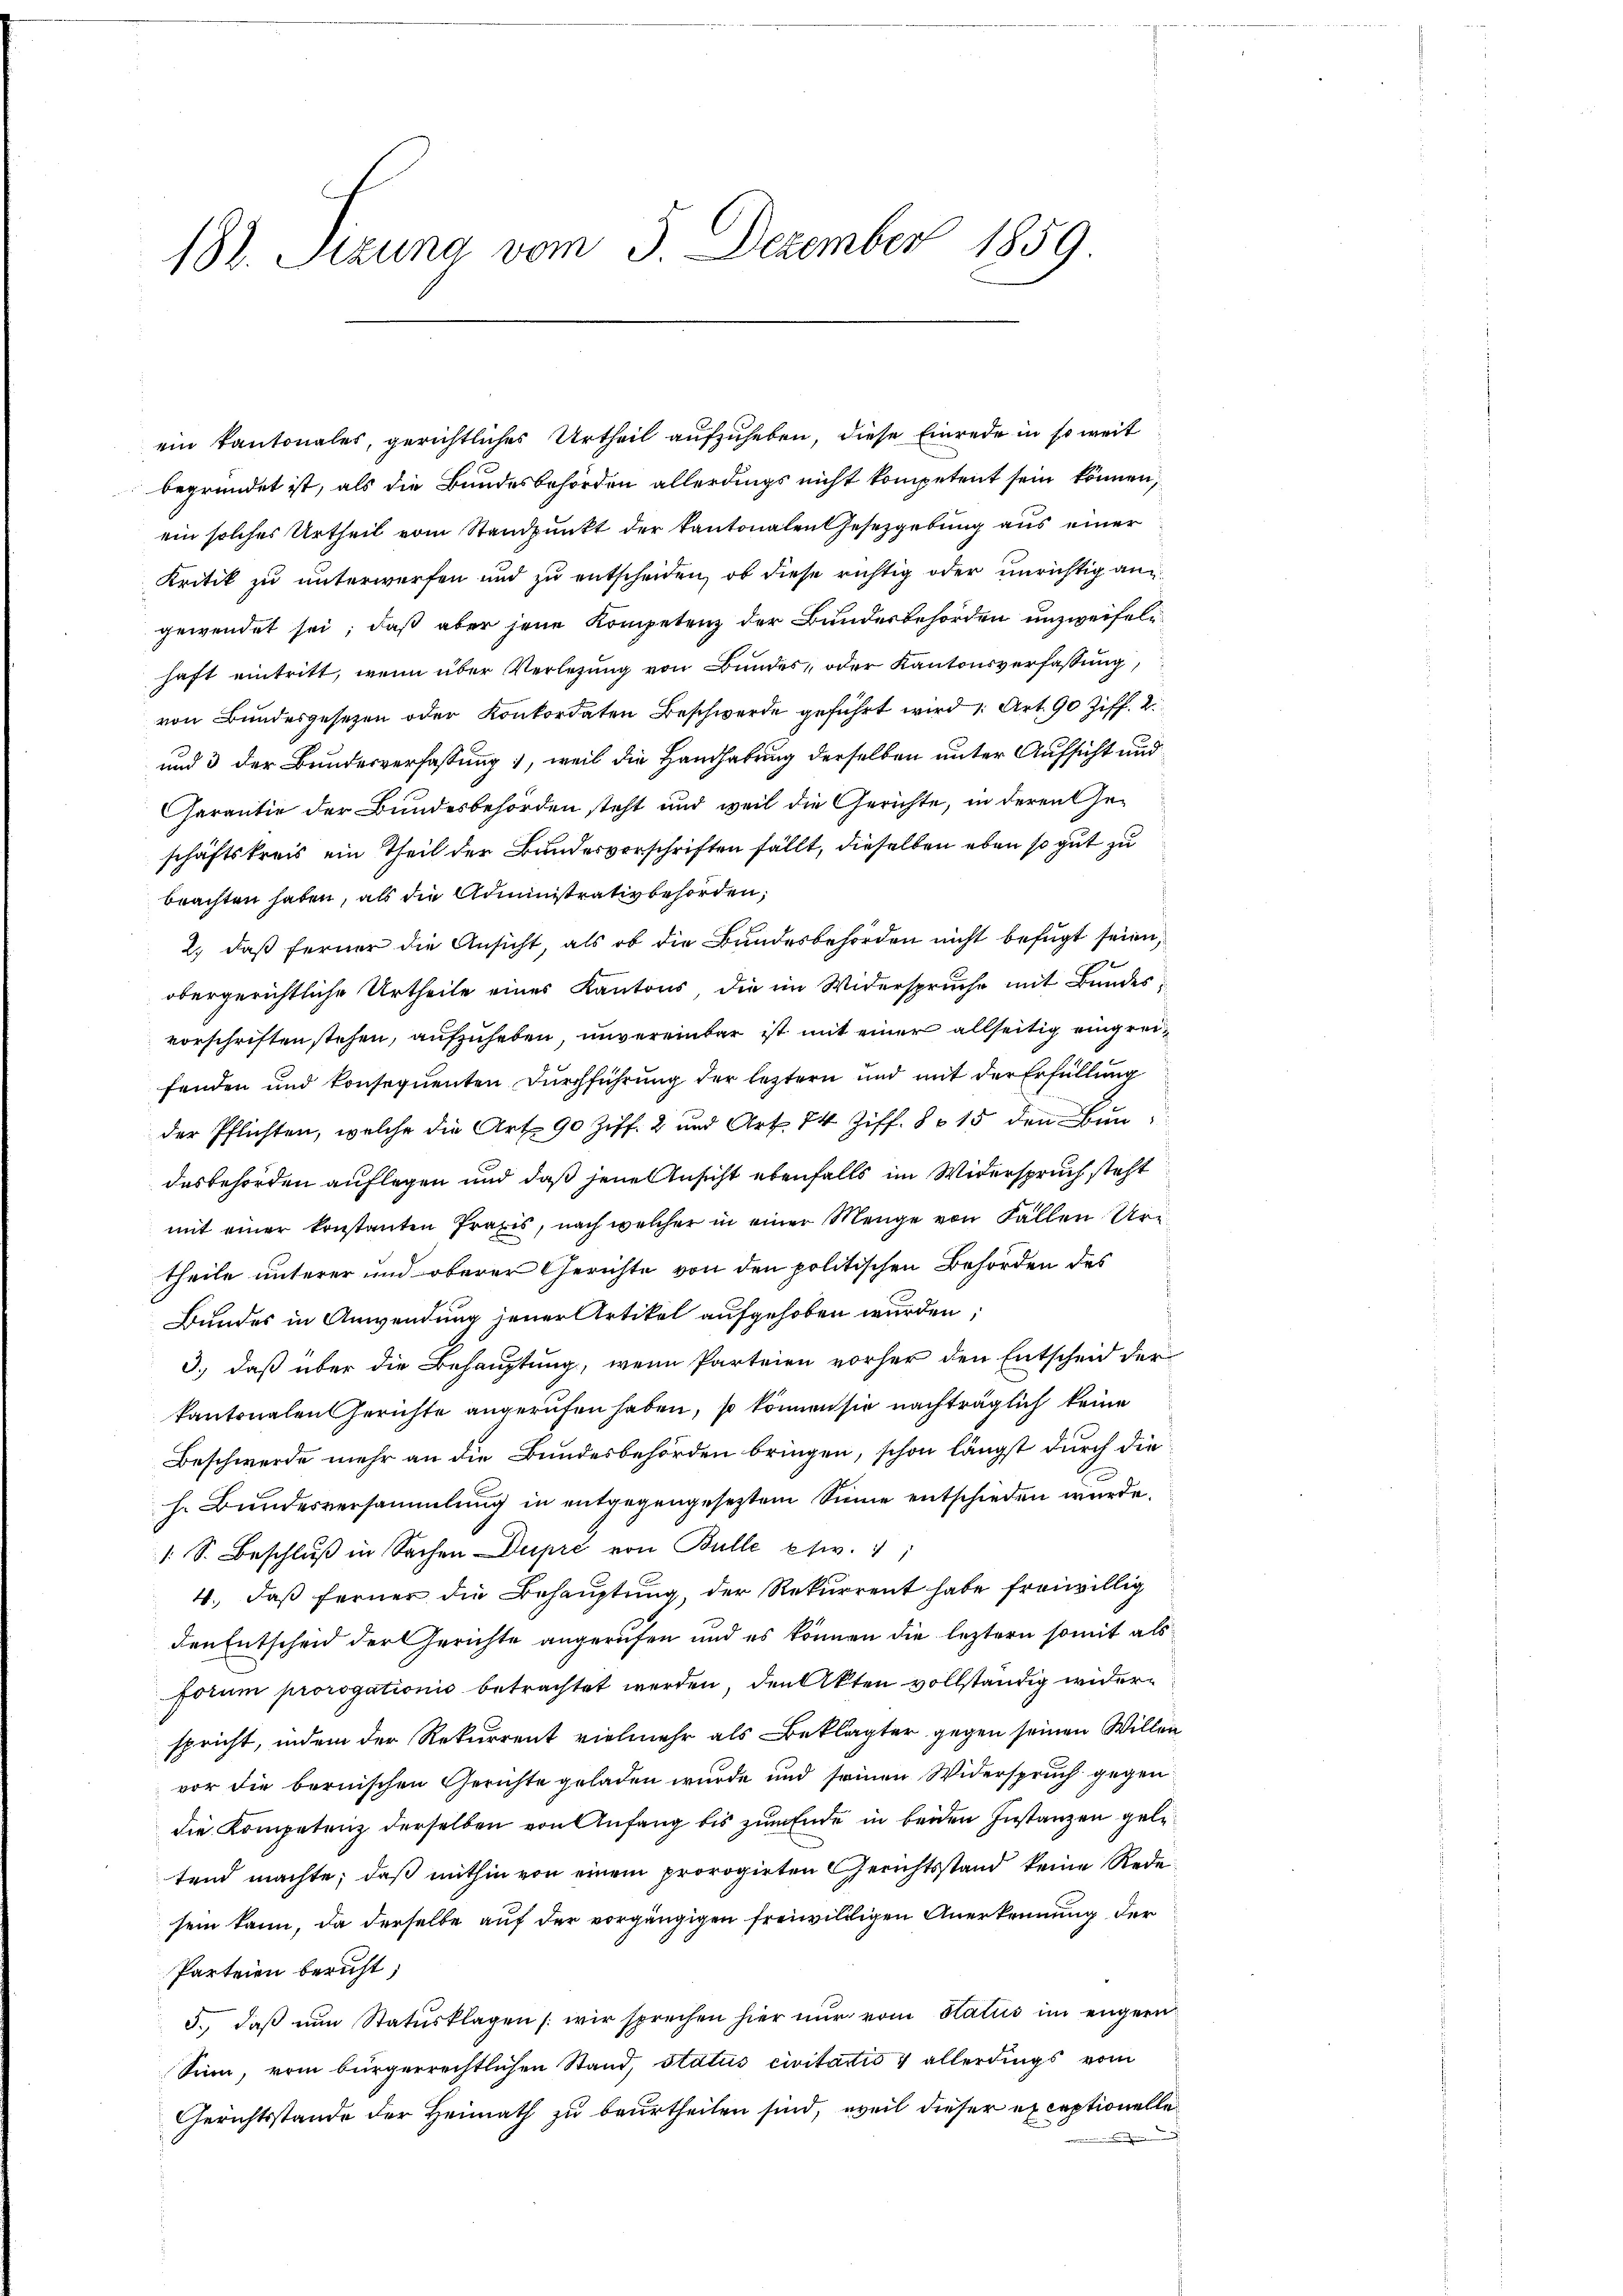
18. Sitzung vom 3. Dezember 1859.

begründet ist, als die Bundesbehörden allerdings nicht kompetent sein können,
ein solches Urtheil vom Standpunkt der kantonalen Gesetzgebung aus einer
Kritik zu unterwerfen und zu entscheiden, ob diese richtig oder unrichtig an
gewendet sei; daß aber jene Kompetenz der Bundesbehörden unzweifeln
haft eintritt, wenn über Verlegung von Bundes, oder Kantonsverfassung,
von Bundesgesetzen oder Konkordaten Beschwerde geführt wird 1. Art. 90 Ziff. 2.
und 3 der Bundesverfassung, weil die Handhabung derselben unter Aufsicht und
Garantie der Bundesbehörden steht und weil die Gerichte, in deren Geschäftskreis ein Theil der Bundesverschriften fällt, dieselben eben so gut zu
brachten haben, als die Administrativbehörden,
2.) daß ferner die Ansicht, als ob die Bundesbehörden nicht befugt seien,
obergerichtliche Urtheile eines Kantons, die im Widerspruche mit Bundesvorschriften stehen, aufzuheben, unvereinbar ist mit einer allseitig eingreifenden und konsequenten Durchführung der leztern und mit der Erfüllung
der Pflichten, welche die Art. 90 Ziff. 2 und Art. 74 Ziff. 815 den Bŭn
desbehörden auflegen und daß jene Ansicht ebenfalls im Widerspruch steht
mit einer konstanten Praxis, nach welcher in einer Menge von Fallen Urtheile unterer und oberer Gerichte von den politischen Behörden des
Bundes in Anwendung jener Artikel aufgehoben würden;
3., daß über die Behauptung, wenn Parteien vorher den Entscheid der
kantonalen Gerichte angerufen haben, so können sie nachträglich keine
Beschwerde mehr an die Bundesbehörden bringen, schon längst durch die
h. Bundesversammlung in entgegengesetztem Sinne entschieden wurde.
/. S. Beschluß in Sachen Dupré von Bulle etw.
4., daß ferner die Behauptung, der Rekurrent habe freiwillig
den Entscheid der Gerichte angerufen und es können die leztern somit als
forum prorogationis betrachtet werden, den Akten vollständig widerspricht, indem der Rekurrent vielmehr als Beklagter gegen seinen Willen
vor die bernischen Gerichte geladen wurde und seinen Widerspruch gegen
die Kompetenz derselben von Anfang bis zum Ende in beiden Instanzen geletend machte; daß mithin von einem prorogirten Gerichtsstand keine Rede
sein kann, da derselbe auf der vorgängigen freiwilligen Anerkennung der
Parteien beruht,
5., daß nun Statusklagen wir sprechen hier nur vom Status im engern
Sinn, vom bürgerrechtlichen Stand, status civitatis & allerdings vom
Gerichtsstande der Heimath zu beurtheilen sind, weil dieser exceptionelle

ein Kantonales, gerichtliches Urtheil aufzuheben, diese Einrede in so weit